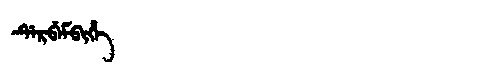
Manchu: ᡩᡝᡵᠪᡝᠮᠪᡳᡥᡝ
Romanization: DERBEMBIHE